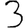
Digit: 3